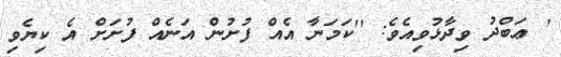
' ޢަބްދު ވިދާޅުވިއެވެ: ''ކަމަނާ އެއް ފުށުން އަނެއް ފުށަށް އެ ކިޔެވި